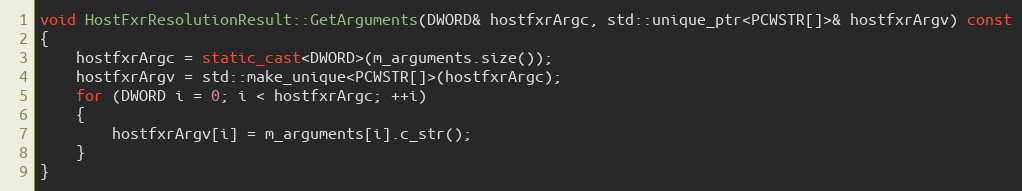
Language: C++
void HostFxrResolutionResult::GetArguments(DWORD& hostfxrArgc, std::unique_ptr<PCWSTR[]>& hostfxrArgv) const
{
    hostfxrArgc = static_cast<DWORD>(m_arguments.size());
    hostfxrArgv = std::make_unique<PCWSTR[]>(hostfxrArgc);
    for (DWORD i = 0; i < hostfxrArgc; ++i)
    {
        hostfxrArgv[i] = m_arguments[i].c_str();
    }
}